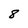
Character: 8